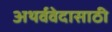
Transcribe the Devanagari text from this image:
अथर्ववेदासाठी